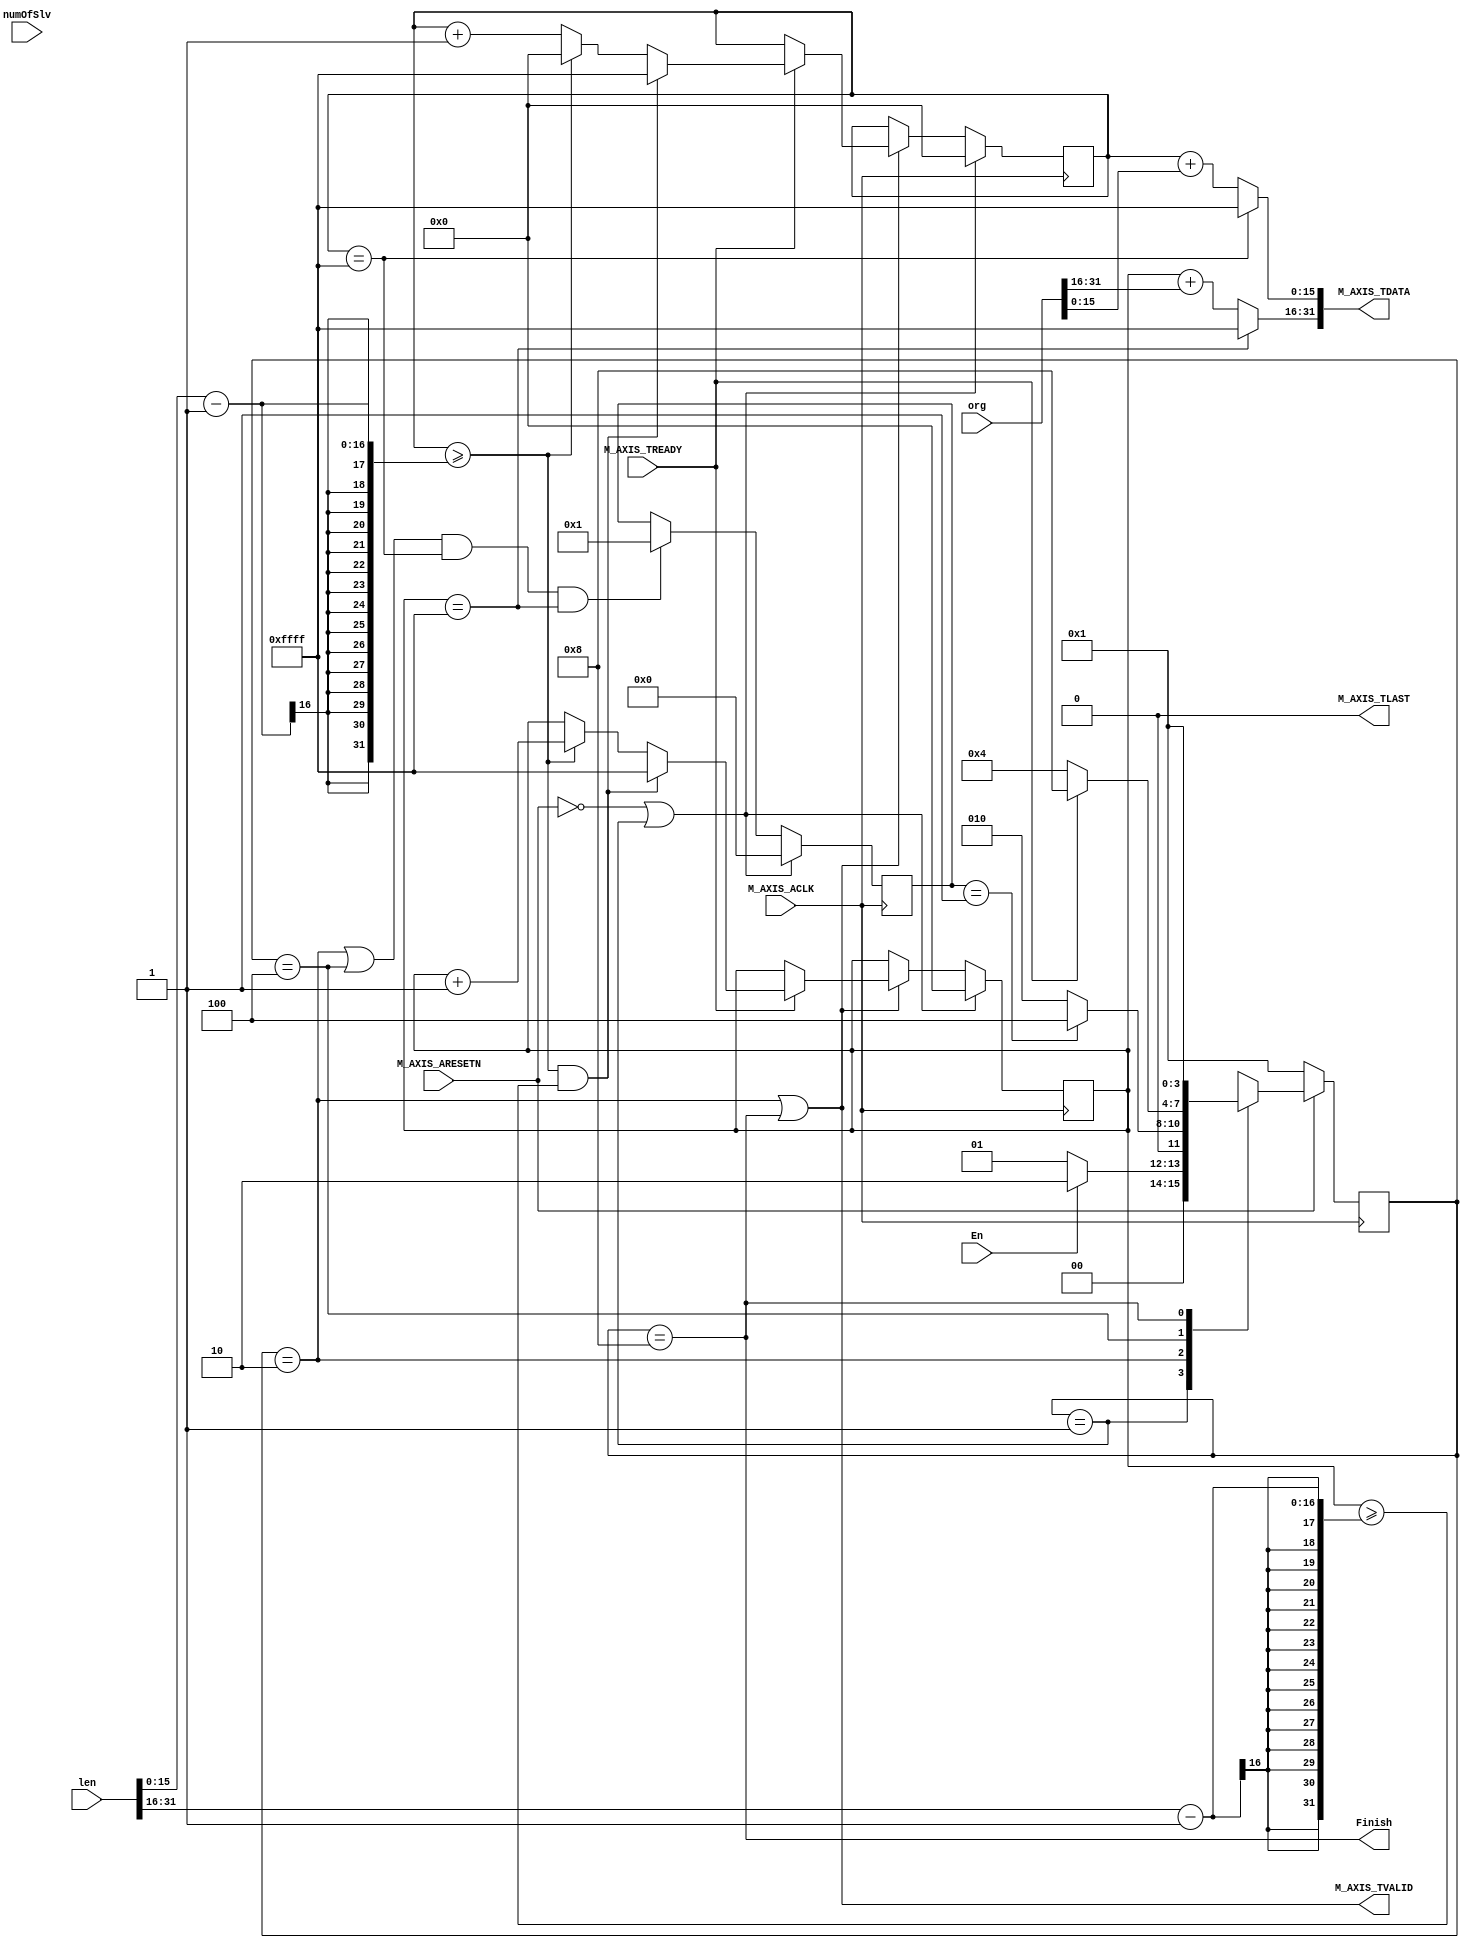
module hapara_axis_id_generator_v1_0_M00_AXIS #
    (
        // Users to add parameters here

        // User parameters ends
        // Do not modify the parameters beyond this line

        // Width of S_AXIS address bus. The slave accepts the read and write addresses of width C_M_AXIS_TDATA_WIDTH.
        parameter integer C_M_AXIS_TDATA_WIDTH    = 32
        // Start count is the numeber of clock cycles the master will wait before initiating/issuing any transaction.
        // parameter integer C_M_START_COUNT    = 32
    )
    (
        // Users to add ports here
        input wire En,
        output wire Finish,

        // input wire [C_M_AXIS_TDATA_WIDTH - 1 : 0] orgX,
        // input wire [C_M_AXIS_TDATA_WIDTH - 1 : 0] orgY,
        // input wire [C_M_AXIS_TDATA_WIDTH - 1 : 0] lengthX,
        // input wire [C_M_AXIS_TDATA_WIDTH - 1 : 0] lengthY,

        input wire [C_M_AXIS_TDATA_WIDTH - 1 : 0] org,
        input wire [C_M_AXIS_TDATA_WIDTH - 1 : 0] len,
        input wire [C_M_AXIS_TDATA_WIDTH - 1 : 0] numOfSlv,

        // User ports ends
        // Do not modify the ports beyond this line

        // Global ports
        input wire  M_AXIS_ACLK,
        // 
        input wire  M_AXIS_ARESETN,
        // Master Stream Ports. TVALID indicates that the master is driving a valid transfer, A transfer takes place when both TVALID and TREADY are asserted. 
        output wire  M_AXIS_TVALID,
        // TDATA is the primary payload that is used to provide the data that is passing across the interface from the master.
        output wire [C_M_AXIS_TDATA_WIDTH-1 : 0] M_AXIS_TDATA,
        // TSTRB is the byte qualifier that indicates whether the content of the associated byte of TDATA is processed as a data byte or a position byte.
        //output wire [(C_M_AXIS_TDATA_WIDTH/8)-1 : 0] M_AXIS_TSTRB,
        // TLAST indicates the boundary of a packet.
        output wire  M_AXIS_TLAST,
        // TREADY indicates that the slave can accept a transfer in the current cycle.
        input wire  M_AXIS_TREADY
    );

    // Maxinum lenght for vertical X 
    localparam X_LENGTH = C_M_AXIS_TDATA_WIDTH / 2;
    // Maxinum lenght for horizontal Y 
    localparam Y_LENGTH = C_M_AXIS_TDATA_WIDTH / 2;

    localparam LENGTH   = C_M_AXIS_TDATA_WIDTH / 2;

    // localparam numOfSlave   = 2;

    // State defination
    localparam reset            = 4'b0001; 
    localparam counting         = 4'b0010;
    localparam waitend          = 4'b0100;
    localparam ending           = 4'b1000;

    reg [3 : 0] next_state;
    reg [3 : 0] curr_state;

    reg [X_LENGTH - 1 : 0] counterX;
    reg [Y_LENGTH - 1 : 0] counterY;

    wire [LENGTH - 1 : 0] orgX;
    wire [LENGTH - 1 : 0] orgY;
    wire [LENGTH - 1 : 0] lengthX;
    wire [LENGTH - 1 : 0] lengthY;
    assign orgX     = org[C_M_AXIS_TDATA_WIDTH - 1 : LENGTH];
    assign orgY     = org[LENGTH - 1 : 0];
    assign lengthX  = len[C_M_AXIS_TDATA_WIDTH - 1 : LENGTH];
    assign lengthY  = len[LENGTH - 1 : 0];

    assign Finish = curr_state == ending;

    // next state
    always @(curr_state or En or slave_counter or M_AXIS_TREADY) begin
        case (curr_state)
            reset:
                if (En) begin
                    next_state = counting;
                end
                else begin
                    next_state = reset;
                end
            counting:
                if (slave_counter == 1) begin
                    next_state = waitend;
                end
                else begin
                    next_state = counting;
                end
            waitend:
                if (M_AXIS_TREADY == 1) begin
                    next_state = ending;
                end
                else begin
                    next_state = waitend;
                end
            ending:
                next_state = reset;
            default:
                next_state = 4'bxxxx;
        endcase
    end
    assign M_AXIS_TVALID = (curr_state == counting || curr_state == ending);

    // logic for current state
    always @(posedge M_AXIS_ACLK) begin
        if (!M_AXIS_ARESETN) begin
            // reset
            curr_state <= reset;
        end
        else begin
            curr_state <= next_state;
        end
    end

    // logic for counterX, counterY
    always @(posedge M_AXIS_ACLK) begin
        if (!M_AXIS_ARESETN || curr_state == reset) begin
            counterX <= {X_LENGTH{1'b0}};
            counterY <= {Y_LENGTH{1'b0}};
        end
        else if (curr_state == counting || curr_state == ending) begin
            if (M_AXIS_TREADY) begin
                if (counterY >= lengthY - 1 && counterX >= lengthX - 1) begin
                    counterX <= {X_LENGTH{1'b1}};
                    counterY <= {Y_LENGTH{1'b1}};
                end
                else if (counterY >= lengthY - 1) begin
                    counterX <= counterX + 1;
                    counterY <= {Y_LENGTH{1'b0}};
                end
                else begin
                    counterY <= counterY + 1;
                end
            end
        end 
        else begin
            counterX <= counterX;
            counterY <= counterY;
        end 
    end

    //logic to count how many slaves reveived the termination
    reg [C_M_AXIS_TDATA_WIDTH - 1 : 0] slave_counter;

    always @(posedge M_AXIS_ACLK) begin
        if (!M_AXIS_ARESETN || curr_state == reset) begin
            // reset
            slave_counter <= 0;
        end
        else if ((curr_state == counting || curr_state == waitend) && 
                 // M_AXIS_TREADY && 
                 counterY == {Y_LENGTH{1'b1}} && counterX == {X_LENGTH{1'b1}}) begin
            slave_counter <= 1;
        end
        else begin
            slave_counter <= slave_counter;
        end
    end

    wire [X_LENGTH - 1 : 0] resultX;
    wire [Y_LENGTH - 1 : 0] resultY;
    assign resultX = (counterX == {X_LENGTH{1'b1}})?{X_LENGTH{1'b1}}:counterX + orgX;
    assign resultY = (counterY == {Y_LENGTH{1'b1}})?{Y_LENGTH{1'b1}}:counterY + orgY;
    assign M_AXIS_TDATA = {resultX, resultY};
    
    assign M_AXIS_TLAST = 1'b0;
    endmodule